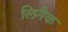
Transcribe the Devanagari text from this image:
लिनैक